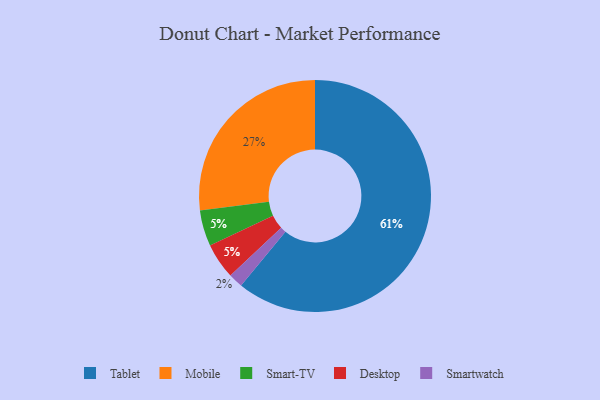
{"axis": {"x": "Category", "y": "Percentage"}, "legend": ["Desktop", "Mobile", "Smart-TV", "Smartwatch", "Tablet"], "data": [{"x": "Tablet", "y": 61, "type": "Tablet"}, {"x": "Smart-TV", "y": 5, "type": "Smart-TV"}, {"x": "Smartwatch", "y": 2, "type": "Smartwatch"}, {"x": "Desktop", "y": 5, "type": "Desktop"}, {"x": "Mobile", "y": 27, "type": "Mobile"}]}